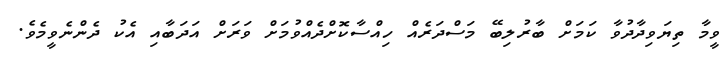
ވީމާ ތިޔަވިދާދުވާ ކަމަށް ބާރުލިބޭ މަސްދަރެއް ހިއްސާކޮށްދެއްވުމަށް ވަރަށް އަދަބާއި އެކު ދެންނެވީމެވެ.